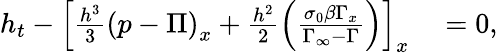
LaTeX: \begin{array}{rl}{h_{t}-\left[\frac{h^{3}}{3}\left(p-\Pi\right)_{x}+\frac{h^{2}}{2}\left(\frac{\sigma_{0}\beta\Gamma_{x}}{\Gamma_{\infty}-\Gamma}\right)\right]_{x}}&{{}=0,}\end{array}